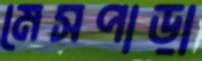
মেসপাড়া